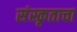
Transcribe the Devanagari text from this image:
संस्कृताचा